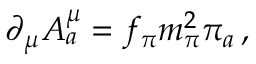
\partial _ { \mu } A _ { a } ^ { \mu } = f _ { \pi } m _ { \pi } ^ { 2 } \pi _ { a } \, ,